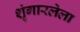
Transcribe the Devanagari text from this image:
शृंगारलेला